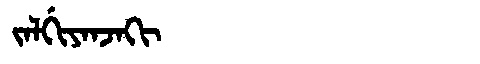
Manchu: ᠵᠠᠯᡤᡳᠶᠠᠨᠵᠠᡴᡳ
Romanization: JALGIYANJAKI